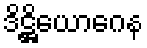
ဒိဋ္ဌိယောဂေန